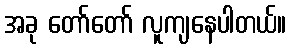
အခု တော်တော် လူကျနေပါတယ်။